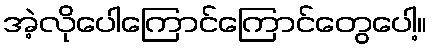
အဲ့လိုပေါကြောင်ကြောင်တွေပေါ့။